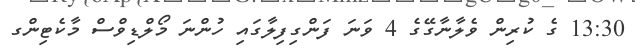
13:30 ގެ ކުރިން ވެލާނާގޭގެ 4 ވަނަ ފަންގިފިލާގައި ހުންނަ މޯލްޑިވްސް މާކެޓިންގ